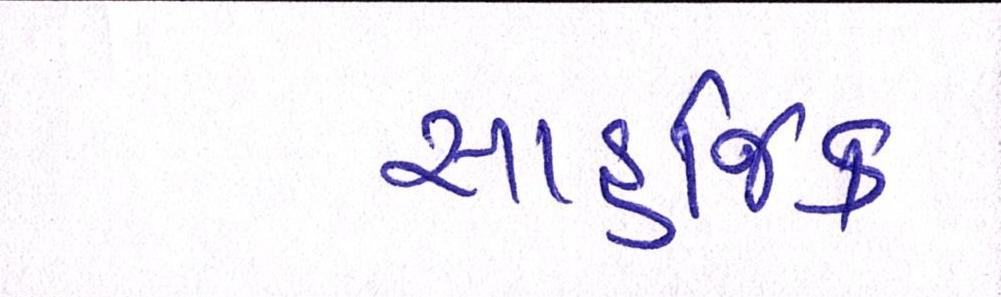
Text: સાહજિક